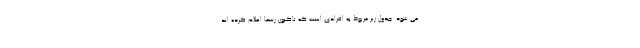
می شود. جدول زیر مربوط به افرادی است که تاکنون رسما اعلام کرده اند